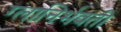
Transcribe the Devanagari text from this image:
ग्लानिर्भवती